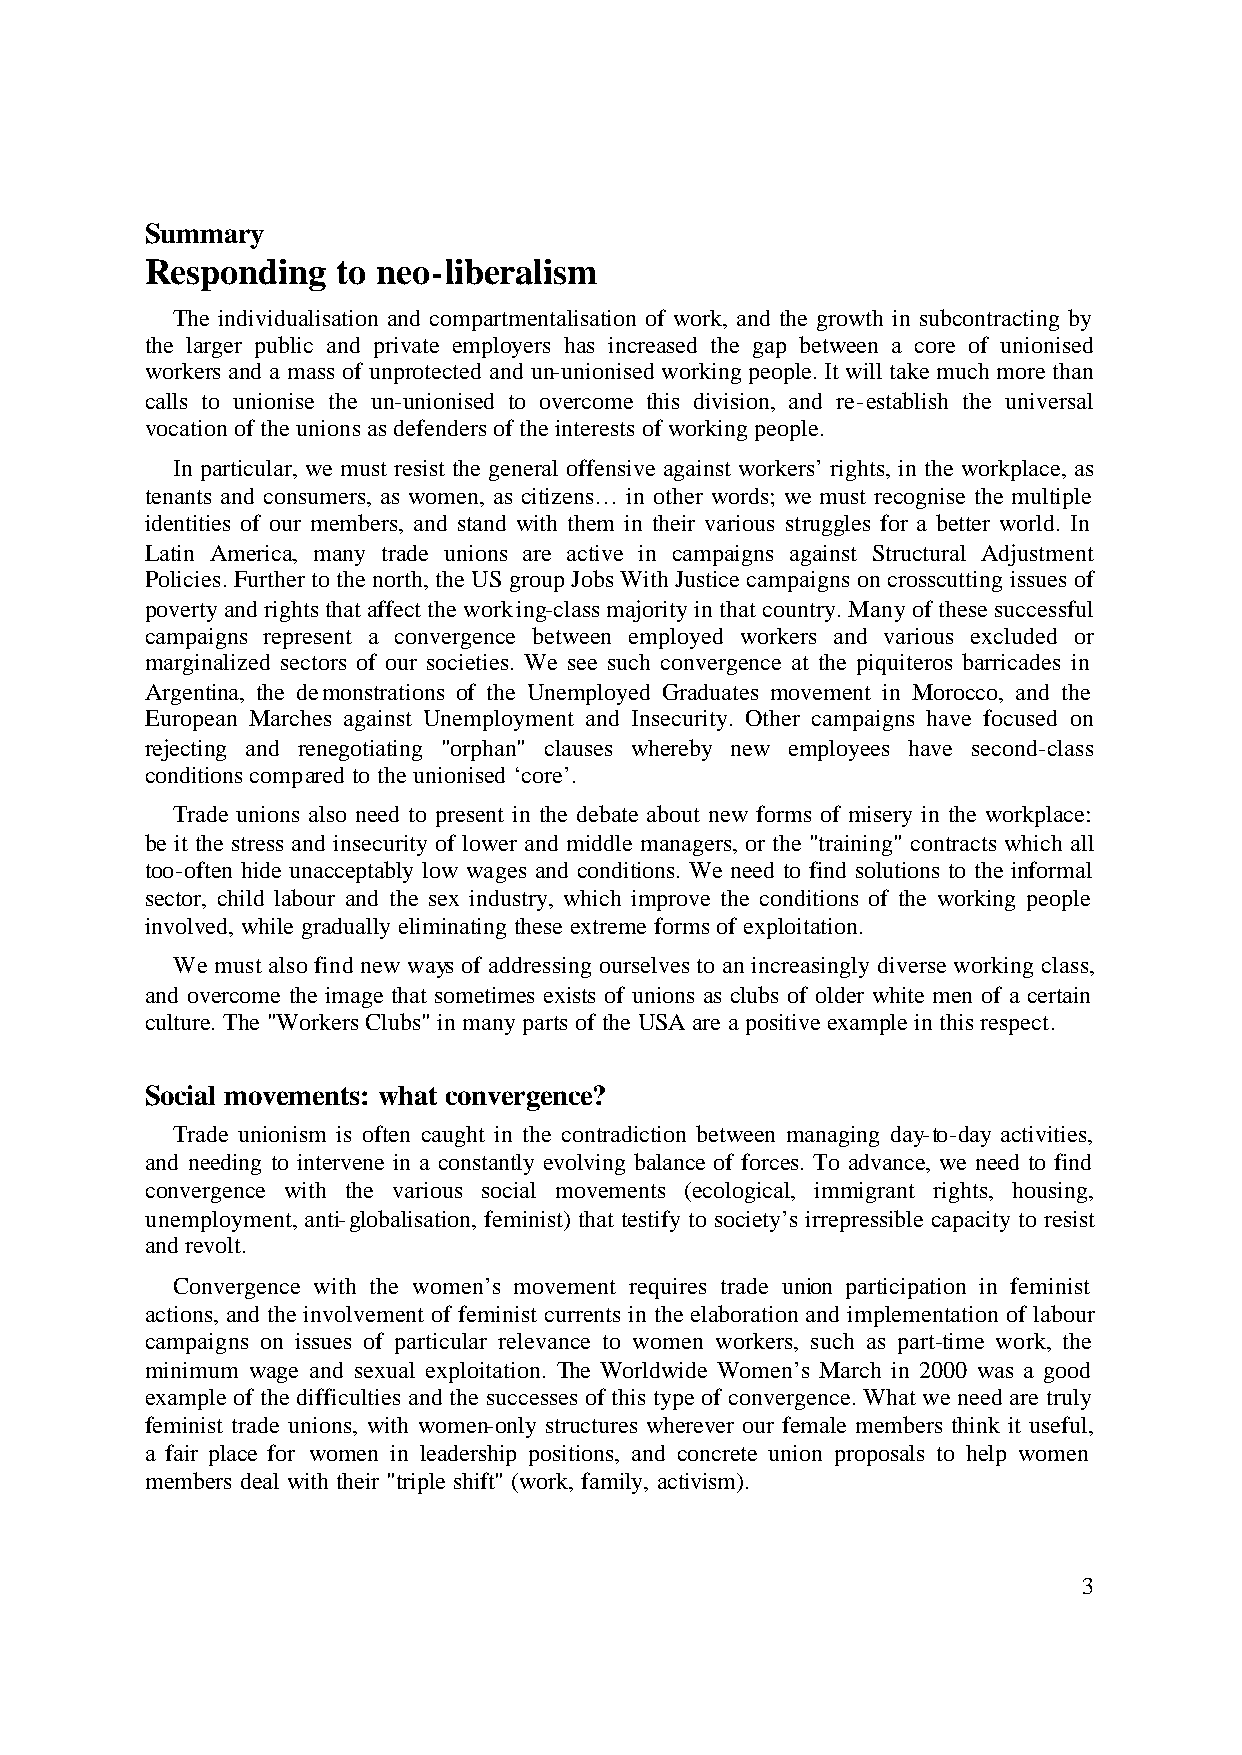
Summary
 Responding  to neo-liberalism
 The individualisation and compartmentalisation of work, and the growth in subcontracting by
 the larger public and private employers has increased the gap between a core of unionised
 workers and a mass of unprotected and un-unionised working people. It will take much more than
 calls to unionise the un-unionised to overcome this division, and re-establish the universal
 vocation of the unions as defenders of the interests of working people.
 In particular, we must resist the general offensive against workers’ rights, in the workplace, as
 tenants and consumers, as women, as citizens… in other words; we must recognise the multiple
 identities of our members, and stand with them in their various struggles for a better world. In
 Latin America, many trade unions are active in campaigns against Structural Adjustment
 Policies. Further to the north, the US group Jobs With Justice campaigns on crosscutting issues of
 poverty and rights that affect the working-class majority in that country. Many of these successful
 campaigns represent a convergence between employed workers and various excluded or
 marginalized sectors of our societies. We see such convergence at the piquiteros barricades in
 Argentina, the demonstrations of the Unemployed Graduates movement in Morocco, and the
 European Marches against Unemployment and Insecurity. Other campaigns have focused on
 rejecting and renegotiating "orphan" clauses whereby new employees have second-class
 conditions compared to the unionised ‘core’.
 Trade unions also need to present in the debate about new forms of misery in the workplace:
 be it the stress and insecurity of lower and middle managers, or the "training" contracts which all
 too-often hide unacceptably low wages and conditions. We need to find solutions to the informal
 sector, child labour and the sex industry, which improve the conditions of the working people
 involved, while gradually eliminating these extreme forms of exploitation.
 We must also find new ways of addressing ourselves to an increasingly diverse working class,
 and overcome the image that sometimes exists of unions as clubs of older white men of a certain
 culture. The "Workers Clubs" in many parts of the USA are a positive example in this respect.
 Social movements: what convergence?
 Trade unionism is often caught in the contradiction between managing day-to-day activities,
 and needing to intervene in a constantly evolving balance of forces. To advance, we need to find
 convergence with the various social movements (ecological, immigrant rights, housing,
 unemployment, anti-globalisation, feminist) that testify to society’s irrepressible capacity to resist
 and revolt.
 Convergence with the women’s movement requires trade union participation in feminist
 actions, and the involvement of feminist currents in the elaboration and implementation of labour
 campaigns on issues of particular relevance to women workers, such as part-time work, the
 minimum wage and sexual exploitation. The Worldwide Women’s March in 2000 was a good
 example of the difficulties and the successes of this type of convergence. What we need are truly
 feminist trade unions, with women-only structures wherever our female members think it useful,
 a fair place for women in leadership positions, and concrete union proposals to help women
 members deal with their "triple shift" (work, family, activism).
 3